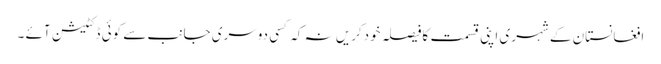
افغانستان کے شہری اپنی قسمت کافیصلہ خودکریں نہ کہ کسی دوسری جانب سے کوئی ڈکٹیشن آئے ۔